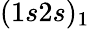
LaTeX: (1s2s)_{1}